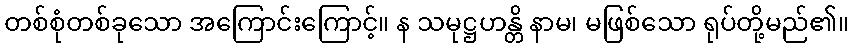
တစ်စုံတစ်ခုသော အကြောင်းကြောင့်။ န သမုဋ္ဌဟန္တိ နာမ၊ မဖြစ်သော ရုပ်တို့မည်၏။